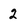
Character: 2